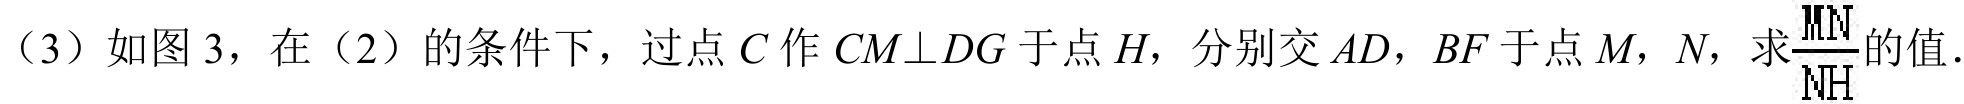
（3）如图3，在（2）的条件下，过点\(C\)作\(CM\perp DG\)于点\(H\)，分别交\(AD\)，\(BF\)于点\(M\)，\(N\)，求\(\frac{MN}{NH}\)的值.